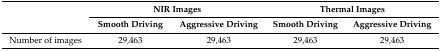
| <ROWSPAN=2>  | <COLSPAN=2> NIR Images | <COLSPAN=2> Thermal Images |
 | Smooth Driving | Aggressive Driving | Smooth Driving | Aggressive Driving |
 | --- | --- | --- | --- | --- |
 | Number of images | 29,463 | 29,463 | 29,463 | 29,463 |